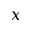
x